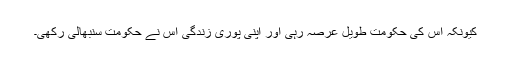
کیونکہ اس کی حکومت طویل عرصہ رہی اور اپنی پوری زندگی اس نے حکومت سنبھالی رکھی۔